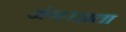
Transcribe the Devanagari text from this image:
अंगरक्षता